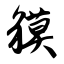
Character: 貘